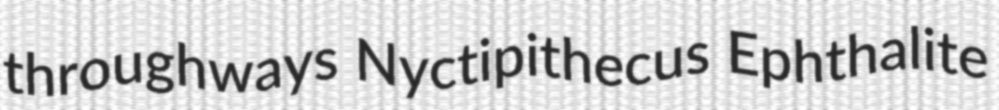
throughways Nyctipithecus Ephthalite